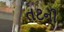
તટની